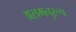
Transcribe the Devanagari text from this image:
असमनुरूप